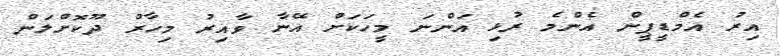
އިރު އެމްޑީޕީން އެންމެ ރުޅި އަންނަ މީހަކަށް އޭނާ ވާއިރު މިހާރު ދޫކޮށްލަން